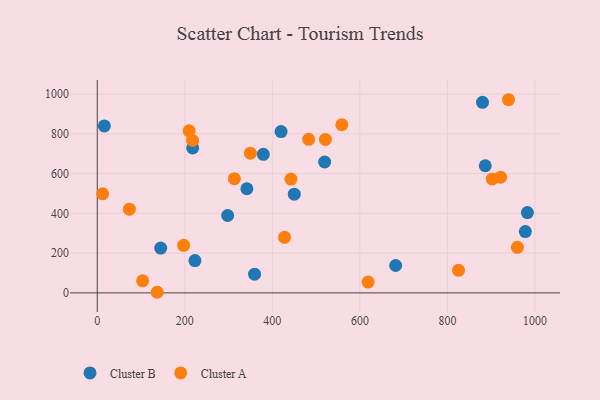
{"axis": {"x": "Engine Size", "y": "Sales"}, "legend": ["Cluster A", "Cluster B"], "data": [{"x": "450.1", "y": 496.7, "type": "Cluster B"}, {"x": "144.9", "y": 225.5, "type": "Cluster B"}, {"x": "978.0", "y": 308.4, "type": "Cluster B"}, {"x": "341.8", "y": 523.9, "type": "Cluster B"}, {"x": "297.9", "y": 389.3, "type": "Cluster B"}, {"x": "886.5", "y": 639.5, "type": "Cluster B"}, {"x": "681.8", "y": 137.9, "type": "Cluster B"}, {"x": "419.9", "y": 811.6, "type": "Cluster B"}, {"x": "982.7", "y": 403.8, "type": "Cluster B"}, {"x": "223.1", "y": 162.7, "type": "Cluster B"}, {"x": "379.4", "y": 697.2, "type": "Cluster B"}, {"x": "218.0", "y": 729.2, "type": "Cluster B"}, {"x": "16.1", "y": 839.8, "type": "Cluster B"}, {"x": "880.2", "y": 958.4, "type": "Cluster B"}, {"x": "359.4", "y": 94.0, "type": "Cluster B"}, {"x": "519.5", "y": 658.4, "type": "Cluster B"}, {"x": "209.8", "y": 815.5, "type": "Cluster A"}, {"x": "427.9", "y": 279.6, "type": "Cluster A"}, {"x": "959.9", "y": 229.1, "type": "Cluster A"}, {"x": "521.2", "y": 771.8, "type": "Cluster A"}, {"x": "197.2", "y": 239.2, "type": "Cluster A"}, {"x": "483.0", "y": 772.6, "type": "Cluster A"}, {"x": "103.6", "y": 60.9, "type": "Cluster A"}, {"x": "558.8", "y": 845.7, "type": "Cluster A"}, {"x": "136.9", "y": 3.1, "type": "Cluster A"}, {"x": "618.8", "y": 54.2, "type": "Cluster A"}, {"x": "73.3", "y": 420.9, "type": "Cluster A"}, {"x": "442.5", "y": 572.3, "type": "Cluster A"}, {"x": "902.4", "y": 572.8, "type": "Cluster A"}, {"x": "921.6", "y": 581.7, "type": "Cluster A"}, {"x": "217.6", "y": 767.2, "type": "Cluster A"}, {"x": "12.2", "y": 498.2, "type": "Cluster A"}, {"x": "939.6", "y": 971.7, "type": "Cluster A"}, {"x": "825.4", "y": 113.5, "type": "Cluster A"}, {"x": "313.3", "y": 574.4, "type": "Cluster A"}, {"x": "349.8", "y": 702.6, "type": "Cluster A"}]}